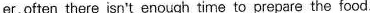
er,often there isn't enough time to prepare the food.